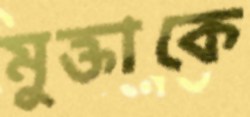
মুক্তাকে